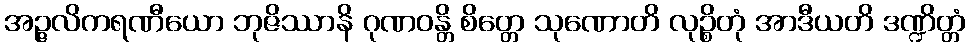
အဉ္ဇလိကရဏီယော ဘုဇိဿာနိ ဂုဏဝန္တိ စိတ္တေ သုဏောတိ လုဉ္စိတုံ အာဒီယတိ ဒဏ္ဍိတ္တံ